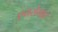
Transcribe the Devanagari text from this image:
एयरोमार